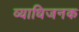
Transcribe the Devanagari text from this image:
व्‍याधिजनक